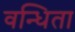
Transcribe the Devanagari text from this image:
वन्धिता